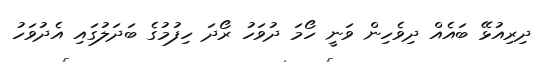
ދިރިއުޅޭ ބައެއް ދިވެހިން ވަނީ ހޯމަ ދުވަހު ރޯދަ ހިފުމުގެ ބަދަލުގައި އެދުވަހު